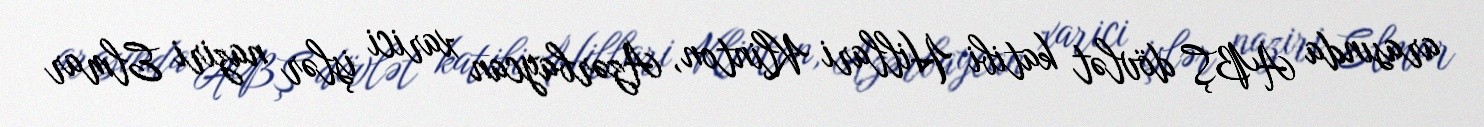
arasında ABŞ dövlət katibi Hillari Klinton, Azərbaycan xarici işlər naziri Elmar